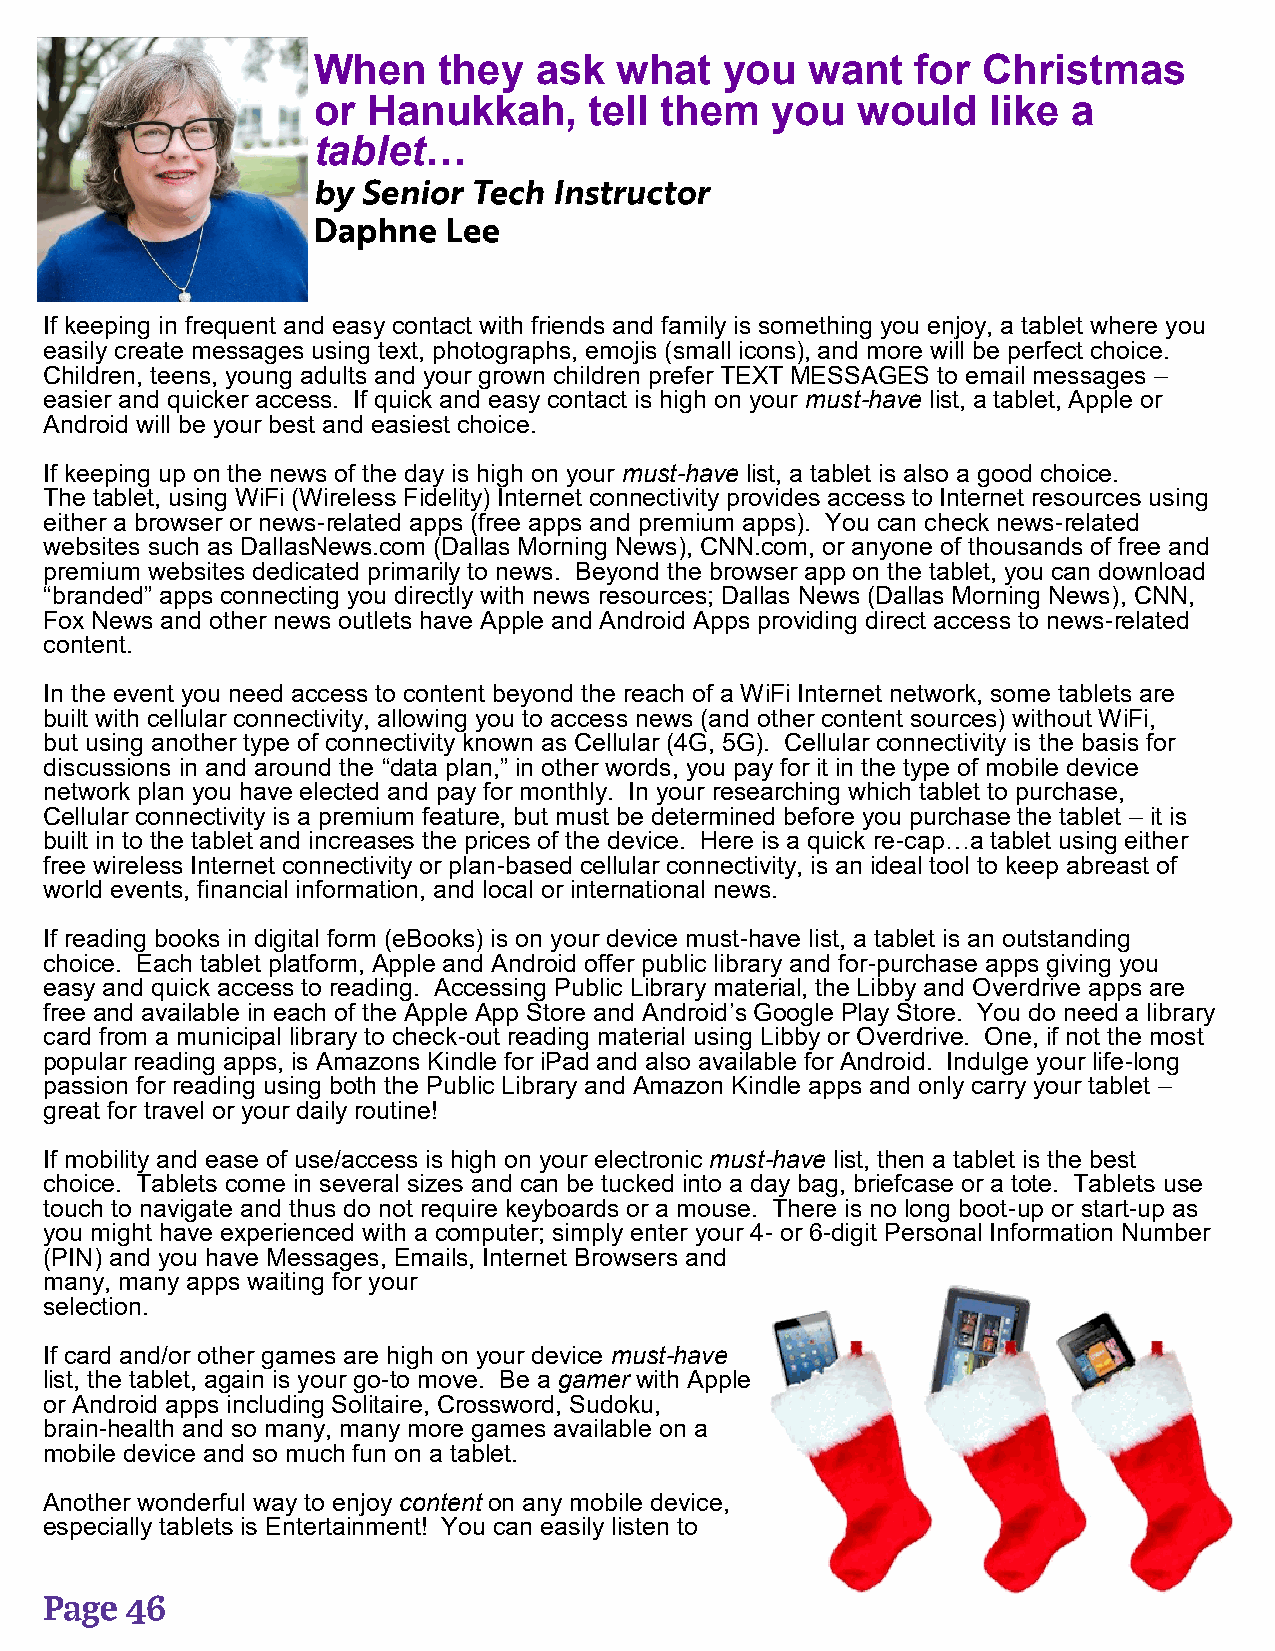
When    they  ask   what   you   want   for Christmas
 or Hanukkah,      tell them   you   would    like a
 tablet…
 If keeping in frequent and easy contact with friends and family is something you enjoy, a tablet where you
 easily create messages using text, photographs, emojis (small icons), and more will be perfect choice.
 Children, teens, young adults and your grown children prefer TEXT MESSAGES to email messages –
 easier and quicker access. If quick and easy contact is high on your must-have list, a tablet, Apple or
 Android will be your best and easiest choice.
 If keeping up on the news of the day is high on your must-have list, a tablet is also a good choice.
 The tablet, using WiFi (Wireless Fidelity) Internet connectivity provides access to Internet resources using
 either a browser or news-related apps (free apps and premium apps). You can check news-related
 websites such as DallasNews.com (Dallas Morning News), CNN.com, or anyone of thousands of free and
 premium websites dedicated primarily to news. Beyond the browser app on the tablet, you can download
 “branded” apps connecting you directly with news resources; Dallas News (Dallas Morning News), CNN,
 Fox News and other news outlets have Apple and Android Apps providing direct access to news-related
 content.
 In the event you need access to content beyond the reach of a WiFi Internet network, some tablets are
 built with cellular connectivity, allowing you to access news (and other content sources) without WiFi,
 but using another type of connectivity known as Cellular (4G, 5G). Cellular connectivity is the basis for
 discussions in and around the “data plan,” in other words, you pay for it in the type of mobile device
 network plan you have elected and pay for monthly. In your researching which tablet to purchase,
 Cellular connectivity is a premium feature, but must be determined before you purchase the tablet – it is
 built in to the tablet and increases the prices of the device. Here is a quick re-cap…a tablet using either
 free wireless Internet connectivity or plan-based cellular connectivity, is an ideal tool to keep abreast of
 world events, financial information, and local or international news.
 If reading books in digital form (eBooks) is on your device must-have list, a tablet is an outstanding
 choice. Each tablet platform, Apple and Android offer public library and for-purchase apps giving you
 easy and quick access to reading. Accessing Public Library material, the Libby and Overdrive apps are
 free and available in each of the Apple App Store and Android’s Google Play Store. You do need a library
 card from a municipal library to check-out reading material using Libby or Overdrive. One, if not the most
 popular reading apps, is Amazons Kindle for iPad and also available for Android. Indulge your life-long
 passion for reading using both the Public Library and Amazon Kindle apps and only carry your tablet –
 great for travel or your daily routine!
 If mobility and ease of use/access is high on your electronic must-have list, then a tablet is the best
 choice. Tablets come in several sizes and can be tucked into a day bag, briefcase or a tote. Tablets use
 touch to navigate and thus do not require keyboards or a mouse. There is no long boot-up or start-up as
 you might have experienced with a computer; simply enter your 4- or 6-digit Personal Information Number
 (PIN) and you have Messages, Emails, Internet Browsers and
 many, many apps waiting for your
 selection.
 If card and/or other games are high on your device must-have
 list, the tablet, again is your go-to move. Be a gamer with Apple
 or Android apps including Solitaire, Crossword, Sudoku,
 brain-health and so many, many more games available on a
 mobile device and so much fun on a tablet.
 Another wonderful way to enjoy content on any mobile device,
 especially tablets is Entertainment! You can easily listen to